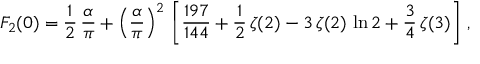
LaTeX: F _ { 2 } ( 0 ) = \frac { 1 } { 2 } \, \frac { \alpha } { \pi } + \left( \frac { \alpha } { \pi } \right) ^ { 2 } \, \left[ \frac { 1 9 7 } { 1 4 4 } + \frac { 1 } { 2 } \, \zeta ( 2 ) - 3 \, \zeta ( 2 ) \, \ln 2 + \frac { 3 } { 4 } \, \zeta ( 3 ) \right] \, ,